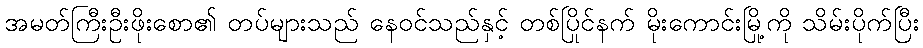
အမတ်ကြီးဦးဖိုးစော၏ တပ်များသည် နေဝင်သည်နှင့် တစ်ပြိုင်နက် မိုးကောင်းမြို့ကို သိမ်းပိုက်ပြီး